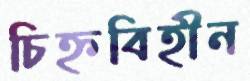
চিহ্নবিহীন